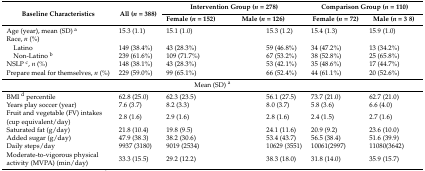
<table><thead><tr><td rowspan="2"><b>Baseline Characteristics</b></td><td rowspan="2"><b>All(<i>n</i> = 388)</b></td><td colspan="3"><b>Intervention Group (<i>n</i> = 278)</b></td><td colspan="2"><b>Comparison Group (<i>n</i> = 110)</b></td></tr><tr><td><b>Female (<i>n</i> = 152)</b></td><td colspan="2"><b>Male (<i>n</i> = 126)</b></td><td><b>Female (<i>n</i> = 72)</b></td><td><b>Male (<i>n</i> = 3 8)</b></td></tr></thead><tbody><tr><td>Age (year), mean (SD) <sup>a</sup></td><td>15.3 (1.1)</td><td colspan="2">15.1 (1.0)</td><td>15.3 (1.2)</td><td>15.4 (1.3)</td><td>15.9 (1.0)</td></tr><tr><td colspan="7">Race, <i>n</i> (%)</td></tr><tr><td> Latino</td><td>149 (38.4%)</td><td colspan="2">43 (28.3%)</td><td>59 (46.8%)</td><td>34 (47.2%)</td><td>13 (34.2%)</td></tr><tr><td> Non-Latino <sup>b</sup></td><td>239 (61.6%)</td><td colspan="2">109 (71.7%)</td><td>67 (53.2%)</td><td>38 (52.8%)</td><td>25 (65.8%)</td></tr><tr><td>NSLP <sup>c</sup>, <i>n</i> (%)</td><td>148 (38.1%)</td><td colspan="2">43 (28.3%)</td><td>53 (42.1%)</td><td>35 (48.6%)</td><td>17 (44.7%)</td></tr><tr><td>Prepare meal for themselves, <i>n</i> (%)</td><td>229 (59.0%)</td><td colspan="2">99 (65.1%)</td><td>66 (52.4%)</td><td>44 (61.1%)</td><td>20 (52.6%)</td></tr><tr><td colspan="7">Mean (SD) <sup>a</sup></td></tr><tr><td>BMI <sup>d</sup> percentile</td><td>62.8 (25.0)</td><td colspan="2">62.3 (23.5)</td><td>56.1 (27.5)</td><td>73.7 (21.0)</td><td>62.7 (21.0)</td></tr><tr><td>Years play soccer (year)</td><td>7.6 (3.7)</td><td colspan="2">8.2 (3.3)</td><td>8.0 (3.7)</td><td>5.8 (3.6)</td><td>6.6 (4.0)</td></tr><tr><td>Fruit and vegetable (FV) intakes (cup equivalent/day)</td><td>2.8 (1.6)</td><td colspan="2">2.9 (1.6)</td><td>2.8 (1.6)</td><td>2.4 (1.5)</td><td>2.7 (1.6)</td></tr><tr><td>Saturated fat (g/day)</td><td>21.8 (10.4)</td><td colspan="2">19.8 (9.5)</td><td>24.1 (11.6)</td><td>20.9 (9.2)</td><td>23.6 (10.0)</td></tr><tr><td>Added sugar (g/day)</td><td>47.9 (38.3)</td><td colspan="2">38.2 (30.6)</td><td>53.4 (43.7)</td><td>56.5 (38.4)</td><td>51.6 (39.9)</td></tr><tr><td>Daily steps/day</td><td>9937 (3180)</td><td colspan="2">9019 (2534)</td><td>10629 (3551)</td><td>10061(2997)</td><td>11080(3642)</td></tr><tr><td>Moderate-to-vigorous physical activity (MVPA) (min/day)</td><td>33.3 (15.5)</td><td colspan="2">29.2 (12.2)</td><td>38.3 (18.0)</td><td>31.8 (14.0)</td><td>35.9 (15.7)</td></tr></tbody></table>